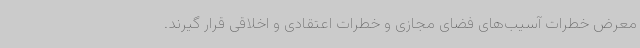
معرض خطرات آسیب‌های فضای مجازی و خطرات اعتقادی و اخلاقی قرار گیرند.